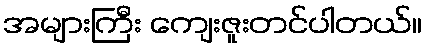
အများကြီး ကျေးဇူးတင်ပါတယ်။